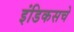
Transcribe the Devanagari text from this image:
इंडिकसचे